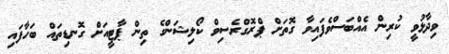
ވިދާޅުވީ ކުރިން އެއްބަސްވެފައިވާ ގޮތަށް ޕްރޮގްރެސިވް ކޯލިޝަންގެ ތިން ޕާޓީއަށް ގޮނޑިތައް ބަހާފައި